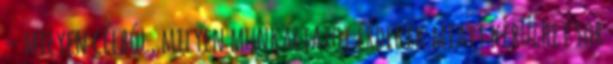
– milyen célból, milyen munkáltatói érdekek miatt kerülhet sor